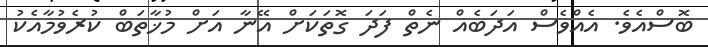
ބޮސްއެވެ. އެއްވެސް އަދަބެއް ނެތް ފަދަ ގޮތަކަށް އޭނާ އަށް މުޚާތަބް ކުރެވުމާއެކު